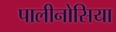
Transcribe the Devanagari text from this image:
पालीनोसिया